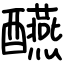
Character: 醼